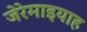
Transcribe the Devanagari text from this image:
जेरेमाइयाह